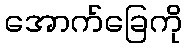
အောက်ခြေကို